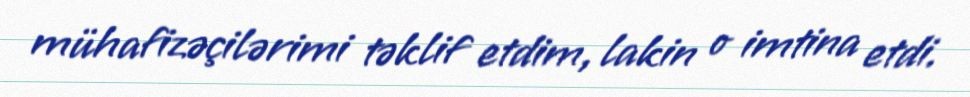
mühafizəçilərimi təklif etdim, lakin o imtina etdi.